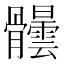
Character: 𩪺